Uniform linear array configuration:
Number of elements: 4
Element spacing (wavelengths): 0.25
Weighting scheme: exponential
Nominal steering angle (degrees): -30
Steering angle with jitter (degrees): -30.365
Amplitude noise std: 0.05
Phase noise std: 0.05

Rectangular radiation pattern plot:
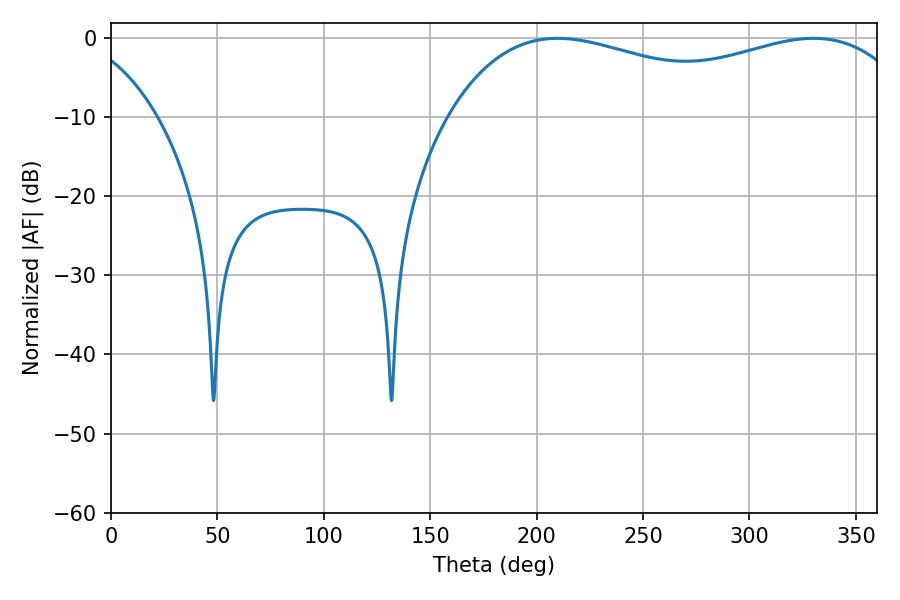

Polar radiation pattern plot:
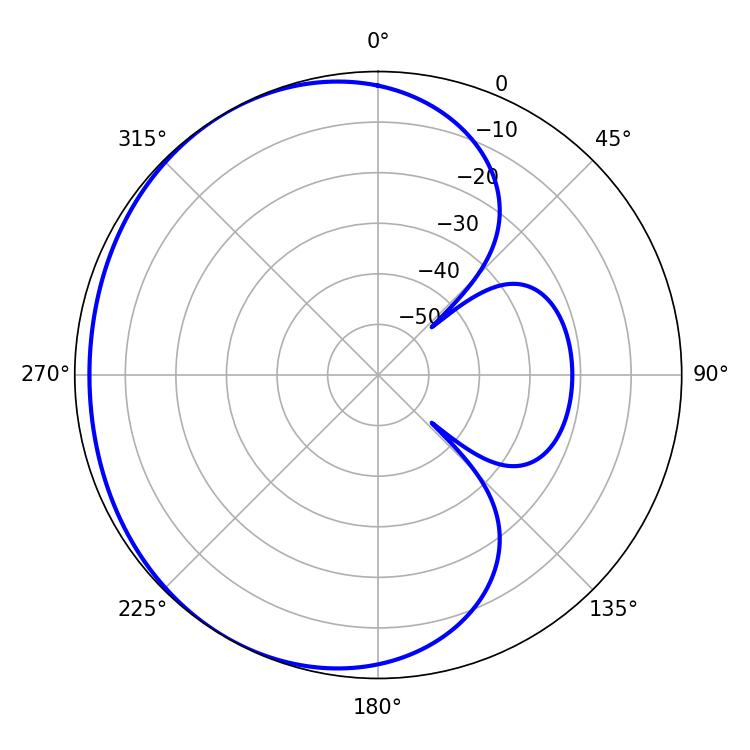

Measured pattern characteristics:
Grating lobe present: FALSE
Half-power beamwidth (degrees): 180.9
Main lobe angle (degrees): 209.88